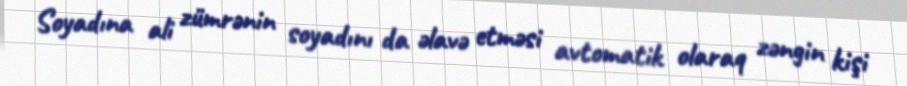
Soyadına ali zümrənin soyadını da əlavə etməsi avtomatik olaraq zəngin kişi